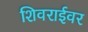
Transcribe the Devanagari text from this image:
शिवराईवर